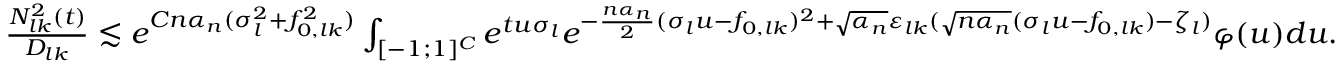
\begin{array} { r } { \frac { N _ { l k } ^ { 2 } ( t ) } { D _ { l k } } \lesssim e ^ { C n \alpha _ { n } ( \sigma _ { l } ^ { 2 } + f _ { 0 , l k } ^ { 2 } ) } \int _ { [ - 1 ; 1 ] ^ { C } } e ^ { t u \sigma _ { l } } e ^ { - \frac { n \alpha _ { n } } { 2 } ( \sigma _ { l } u - f _ { 0 , l k } ) ^ { 2 } + \sqrt { \alpha _ { n } } \varepsilon _ { l k } ( \sqrt { n \alpha _ { n } } ( \sigma _ { l } u - f _ { 0 , l k } ) - \zeta _ { l } ) } \varphi ( u ) d u . } \end{array}